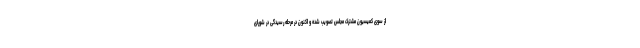
از سوی کمیسیون مشترک مجلس تصویب شده و اکنون در مرحله رسیدگی در شورای